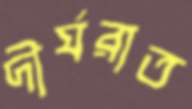
দীর্ঘরাত